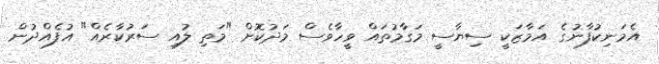
އެމަނިކުފާނުގެ އަމާޒަކީ ސިޔާސީ މަގާމުތައް ވީހާވެސް މަދުކޮށް "މަތި ލުއި ސަރުކާރެއް" އުފެއްދުން